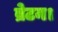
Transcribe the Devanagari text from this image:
ब्रेटन।